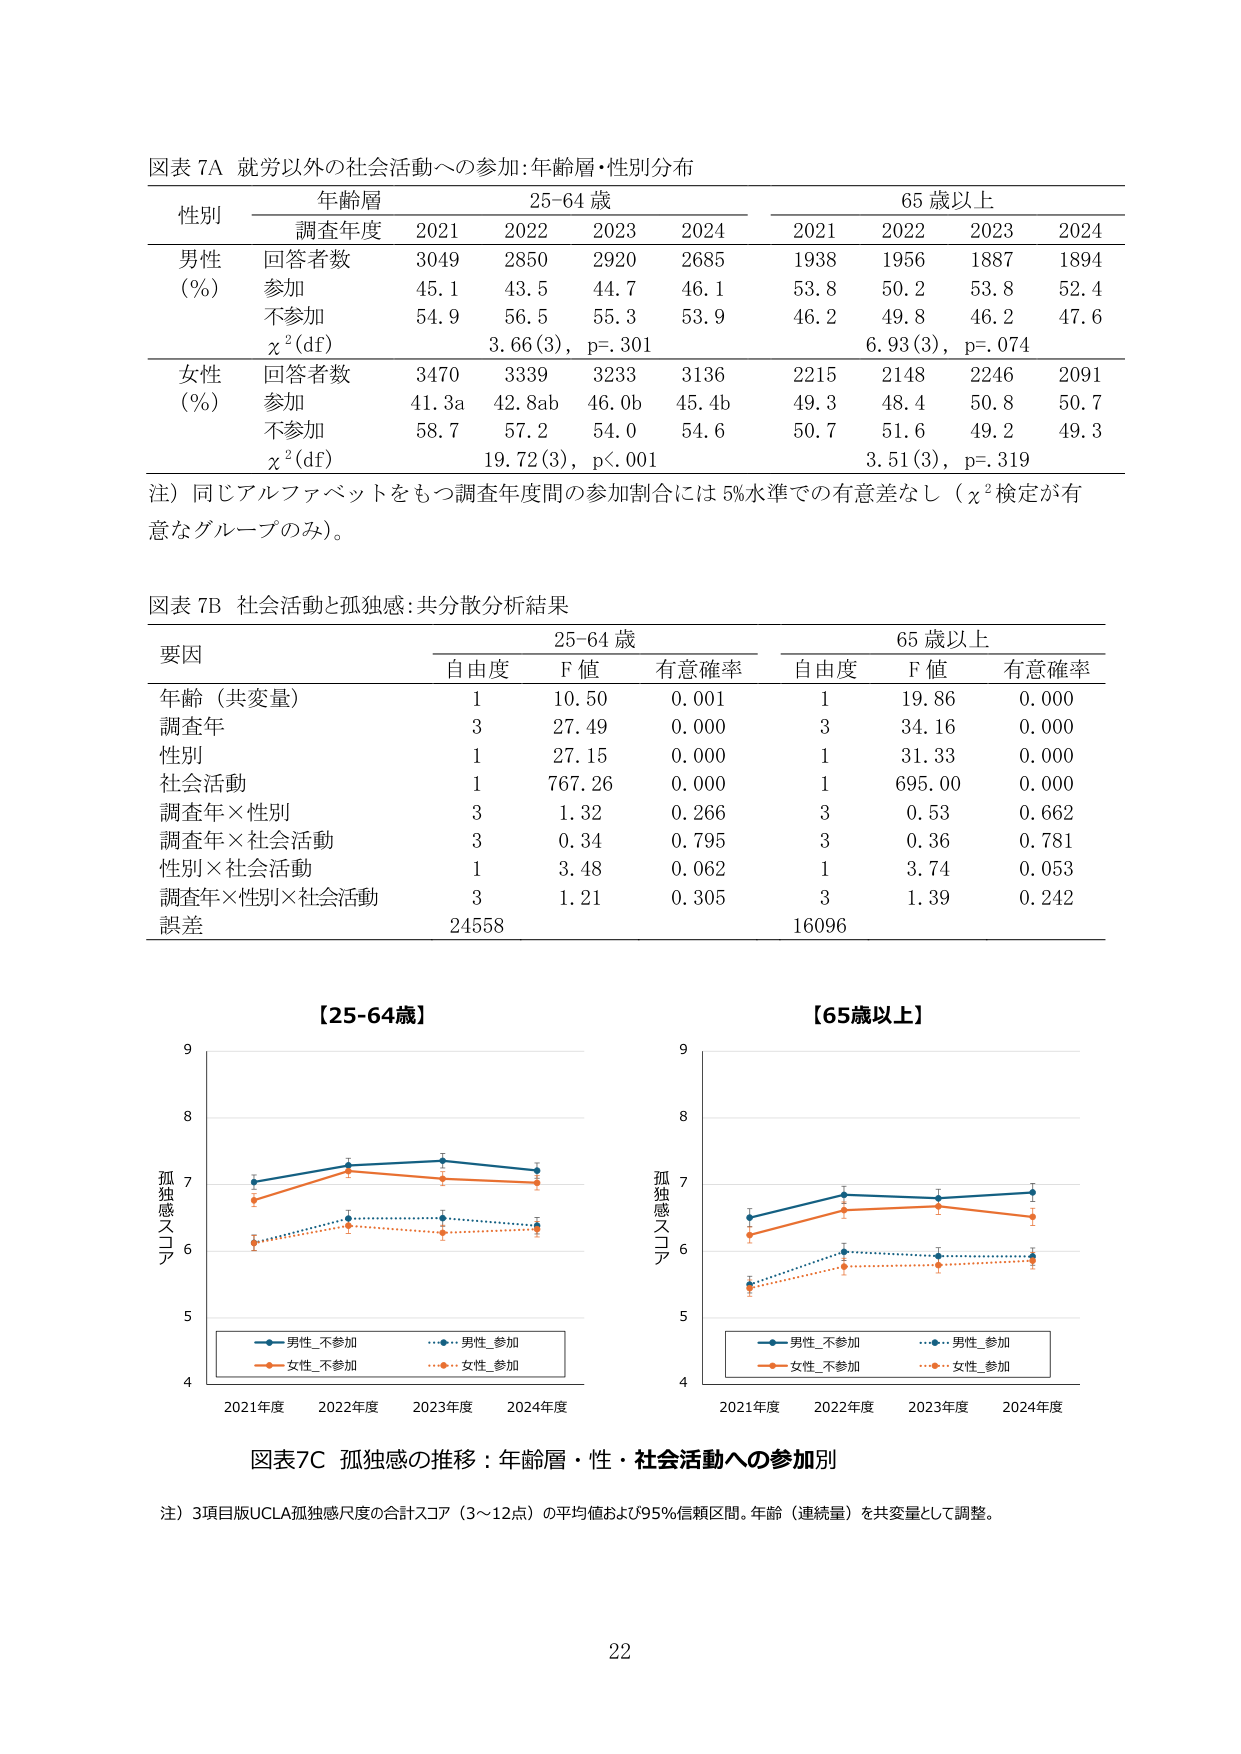
図表 7A 就労以外の社会活動への参加:年齢層・性別分布

性別 年齢層 25-64 歳 65 歳以上
調査年度 2021 2022 2023 2024 2021 2022 2023 2024
男性 回答者数 3049 2850 2920 2685 1938 1956 1887 1894
(%) 参加 45.1 43.5 44.7 46.1 53.8 50.2 53.8 52.4
不参加 54.9 56.5 55.3 53.9 46.2 49.8 46.2 47.6
χ²(df) 3.66(3), p=.301 6.93(3), p=.074
女性 回答者数 3470 3339 3233 3136 2215 2148 2246 2091
(%) 参加 41.3a 42.8ab 46.0b 45.4b 49.3 48.4 50.8 50.7
不参加 58.7 57.2 54.0 54.6 50.7 51.6 49.2 49.3
χ²(df) 19.72(3), p<.001 3.51(3), p=.319

注）同じアルファベットをもつ調査年度間の参加割合には 5%水準での有意差なし（χ²検定が有意なグループのみ）。

図表 7B 社会活動と孤独感:共分散分析結果

要因 25-64 歳 65 歳以上
自由度 F 値 有意確率 自由度 F 値 有意確率
年齢（共変量） 1 10.50 0.001 1 19.86 0.000
調査年 3 27.49 0.000 3 34.16 0.000
性別 1 27.15 0.000 1 31.33 0.000
社会活動 1 767.26 0.000 1 695.00 0.000
調査年×性別 3 1.32 0.266 3 0.53 0.662
調査年×社会活動 3 0.34 0.795 3 0.36 0.781
性別×社会活動 1 3.48 0.062 1 3.74 0.053
調査年×性別×社会活動 3 1.21 0.305 3 1.39 0.242
誤差 24558 16096

【25-64歳】
【65歳以上】

孤独感スコア
9
8
7
6
5
4
2021年度 2022年度 2023年度 2024年度
男性_不参加 男性_参加
女性_不参加 女性_参加

孤独感スコア
9
8
7
6
5
4
2021年度 2022年度 2023年度 2024年度
男性_不参加 男性_参加
女性_不参加 女性_参加

図表7C 孤独感の推移：年齢層・性・社会活動への参加別

注）3項目版UCLA孤独感尺度の合計スコア（3～12点）の平均値および95%信頼区間。年齢（連続量）を共変量として調整。

22